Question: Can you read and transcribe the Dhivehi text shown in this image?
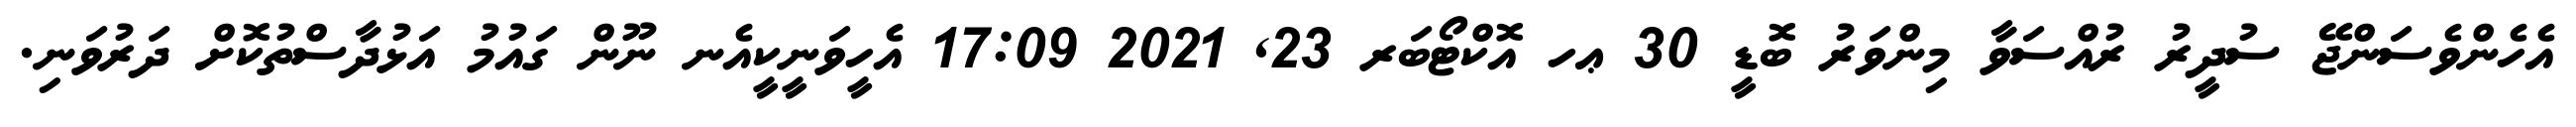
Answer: އެހެންވެސަންޖޭ ސުދީރު ރުއްސަވާ މިންވަރު ބޮޑީ 30 ޢހ އޮކްޓޯބަރ 23, 2021 17:09 އެހީވަނީކީއެނ ނޫން ގައުމު އަޅުދާސްތުކޮށް ދަރުވަނި.